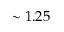
\sim 1 . 2 5